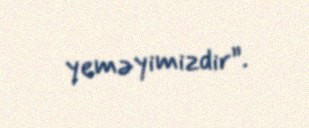
yeməyimizdir”.